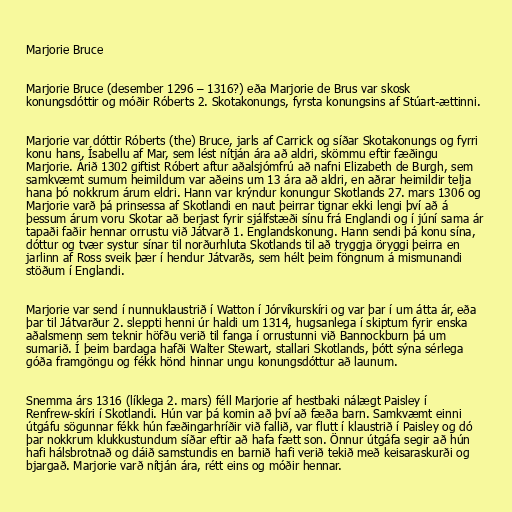
Marjorie Bruce

Marjorie Bruce (desember 1296 – 1316?) eða Marjorie de Brus var skosk
konungsdóttir og móðir Róberts 2. Skotakonungs, fyrsta konungsins af Stúart-ættinni.

Marjorie var dóttir Róberts (the) Bruce, jarls af Carrick og síðar Skotakonungs og fyrri
konu hans, Ísabellu af Mar, sem lést nítján ára að aldri, skömmu eftir fæðingu
Marjorie. Árið 1302 giftist Róbert aftur aðalsjómfrú að nafni Elizabeth de Burgh, sem
samkvæmt sumum heimildum var aðeins um 13 ára að aldri, en aðrar heimildir telja
hana þó nokkrum árum eldri. Hann var krýndur konungur Skotlands 27. mars 1306 og
Marjorie varð þá prinsessa af Skotlandi en naut þeirrar tignar ekki lengi því að á
þessum árum voru Skotar að berjast fyrir sjálfstæði sínu frá Englandi og í júní sama ár
tapaði faðir hennar orrustu við Játvarð 1. Englandskonung. Hann sendi þá konu sína,
dóttur og tvær systur sínar til norðurhluta Skotlands til að tryggja öryggi þeirra en
jarlinn af Ross sveik þær í hendur Játvarðs, sem hélt þeim föngnum á mismunandi
stöðum í Englandi.

Marjorie var send í nunnuklaustrið í Watton í Jórvíkurskíri og var þar í um átta ár, eða
þar til Játvarður 2. sleppti henni úr haldi um 1314, hugsanlega í skiptum fyrir enska
aðalsmenn sem teknir höfðu verið til fanga í orrustunni við Bannockburn þá um
sumarið. Í þeim bardaga hafði Walter Stewart, stallari Skotlands, þótt sýna sérlega
góða framgöngu og fékk hönd hinnar ungu konungsdóttur að launum.

Snemma árs 1316 (líklega 2. mars) féll Marjorie af hestbaki nálægt Paisley í
Renfrew-skíri í Skotlandi. Hún var þá komin að því að fæða barn. Samkvæmt einni
útgáfu sögunnar fékk hún fæðingarhríðir við fallið, var flutt í klaustrið í Paisley og dó
þar nokkrum klukkustundum síðar eftir að hafa fætt son. Önnur útgáfa segir að hún
hafi hálsbrotnað og dáið samstundis en barnið hafi verið tekið með keisaraskurði og
bjargað. Marjorie varð nítján ára, rétt eins og móðir hennar.